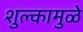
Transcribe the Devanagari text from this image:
शुल्कामुळे